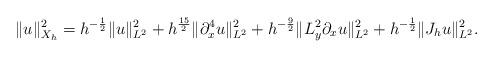
LaTeX: \begin{align*}\|u\|_{X_h}^2 = h^{-\frac12}\|u\|_{L^2}^2 + h^{\frac{15}2}\|\partial_x^4u\|_{L^2}^2 + h^{-\frac92}\|L_y^2\partial_x u\|_{L^2}^2 + h^{-\frac12}\|J_hu\|_{L^2}^2.\end{align*}